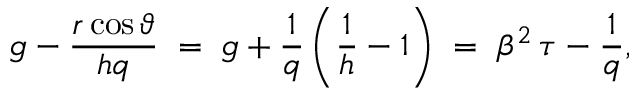
g - \frac { r \cos \vartheta } { h q } \; = \; g + \frac { 1 } { q } \left( \frac { 1 } { h } - 1 \right) \; = \; \beta ^ { 2 } \, \tau - \frac { 1 } { q } ,